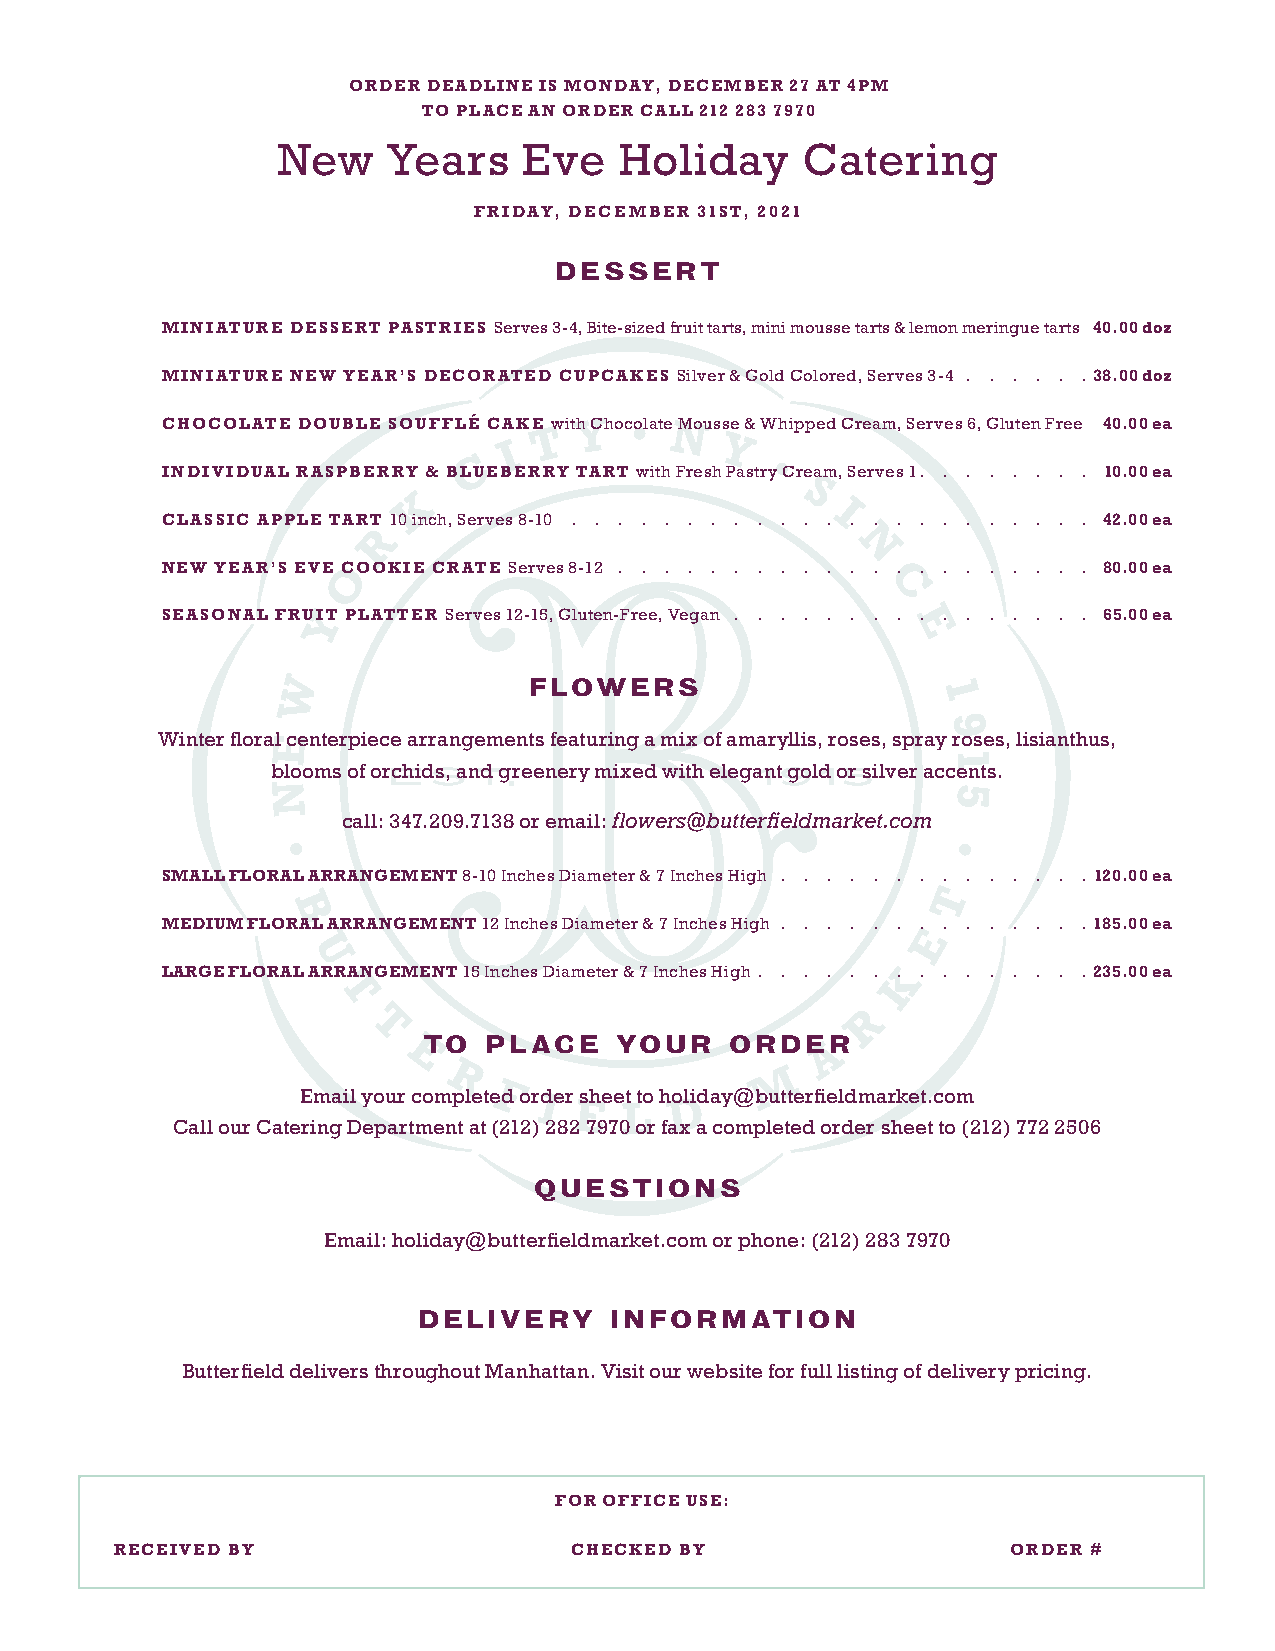
ORDER DEADLINE IS MONDAY, DECEMBER 27 AT 4PM
 TO PLACE AN ORDER CALL 212 283 7970
 New     Years    Eve   Holiday     Catering
 FRIDAY, DECEMBER 31ST, 2021
 DESSERT
 MINIATURE DESSERT PASTRIES Serves 3-4, Bite-sized fruit tarts, mini mousse tarts & lemon meringue tarts 40.00 doz
 MINIATURE NEW YEAR’S DECORATED CUPCAKES Silver & Gold Colored, Serves 3-4 38.00 doz
 CHOCOLATE DOUBLE SOUFFLÉ CAKE with Chocolate Mousse & Whipped Cream, Serves 6, Gluten Free 40.00 ea
 INDIVIDUAL RASPBERRY & BLUEBERRY TART with Fresh Pastry Cream, Serves 1 10.00 ea
 CLASSIC APPLE TART 10 inch, Serves 8-10                       42.00 ea
 NEW YEAR’S EVE COOKIE CRATE Serves 8-12                       80.00 ea
 SEASONAL FRUIT PLATTER Serves 12-15, Gluten-Free, Vegan       65.00 ea
 FLOWERS
 Winter floral centerpiece arrangements featuring a mix of amaryllis, roses, spray roses, lisianthus,
 blooms of orchids, and greenery mixed with elegant gold or silver accents.
 call: 347.209.7138 or email: flowers@butterfieldmarket.com
 SMALL FLORAL ARRANGEMENT 8-10 Inches Diameter & 7 Inches High 120.00 ea
 MEDIUM FLORAL ARRANGEMENT 12 Inches Diameter & 7 Inches High 185.00 ea
 LARGE FLORAL ARRANGEMENT 15 Inches Diameter & 7 Inches High  235.00 ea
 TO  PLACE    YOUR   ORDER
 Email your completed order sheet to holiday@butterfieldmarket.com
 Call our Catering Department at (212) 282 7970 or fax a completed order sheet to (212) 772 2506
 QUESTIONS
 Email: holiday@butterfieldmarket.com or phone: (212) 283 7970
 DELIVERY    INFORMATION
 Butterfield delivers throughout Manhattan. Visit our website for full listing of delivery pricing.
 FOR OFFICE USE:
 RECEIVED BY                   CHECKED BY                   ORDER #